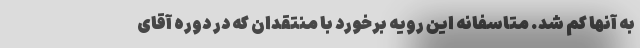
به آنها کم شد. متاسفانه این رویه برخورد با منتقدان که در دوره آقای